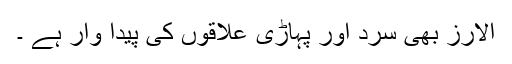
الارز بھی سرد اور پہاڑی علاقوں کی پیدا وار ہے ۔